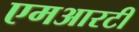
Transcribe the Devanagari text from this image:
एमआरटी